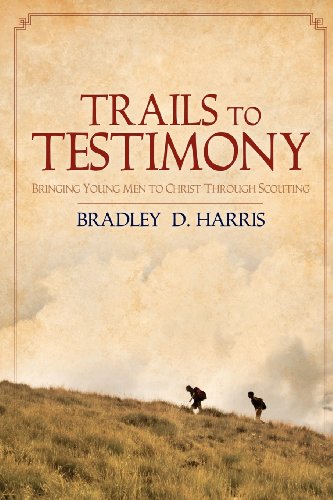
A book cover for Trails to Testimony: Bringing Young Men to Christ Through Scouting; Bradley D. Harris; Christian Books & Bibles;